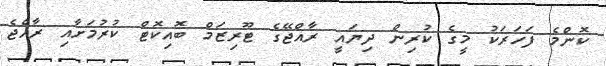
ކޮންމެ ފަހަރަކު މީގެ ކުރިން ދިޔައީ ރާއްޖޭގެ ޓޫރިޒަމް ބޮއިކޮޓް ކުރުމަށާއި ރާއްޖެ